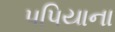
પપિયાના